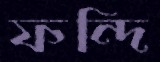
ফন্দি